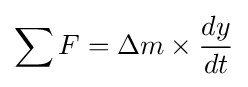
\sum F=\Delta m\times {\frac {dy}{dt}}